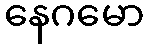
နေဂမော